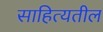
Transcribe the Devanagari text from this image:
साहित्यतील